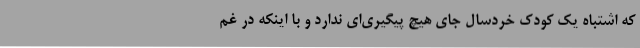
که اشتباه یک کودک خردسال جای هیچ پیگیری‌ای ندارد و با اینکه در غم